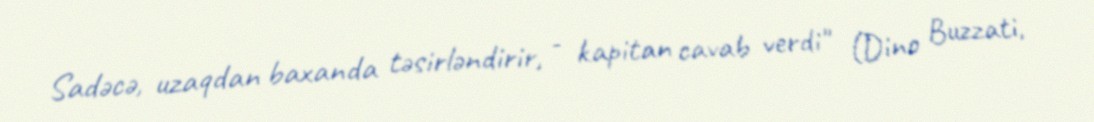
Sadəcə, uzaqdan baxanda təsirləndirir, - kapitan cavab verdi" (Dino Buzzati,